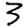
Digit: 3